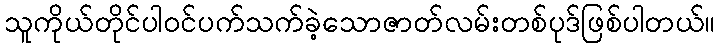
သူကိုယ်တိုင်ပါဝင်ပက်သက်ခဲ့သောဇာတ်လမ်းတစ်ပုဒ်ဖြစ်ပါတယ်။